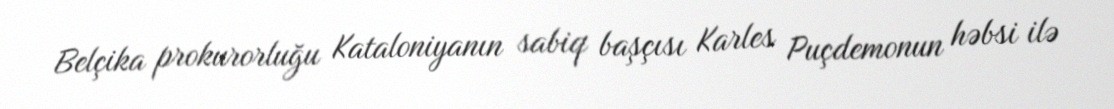
Belçika prokurorluğu Kataloniyanın sabiq başçısı Karles Puçdemonun həbsi ilə